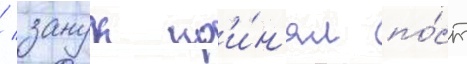
/ занук пр'и́н'ял по́ст